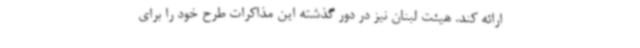
ارائه کند. هیئت لبنان نیز در دور گذشته این مذاکرات طرح خود را برای